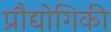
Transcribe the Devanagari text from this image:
प्रौद्योगिकी